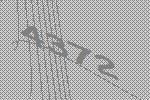
4372